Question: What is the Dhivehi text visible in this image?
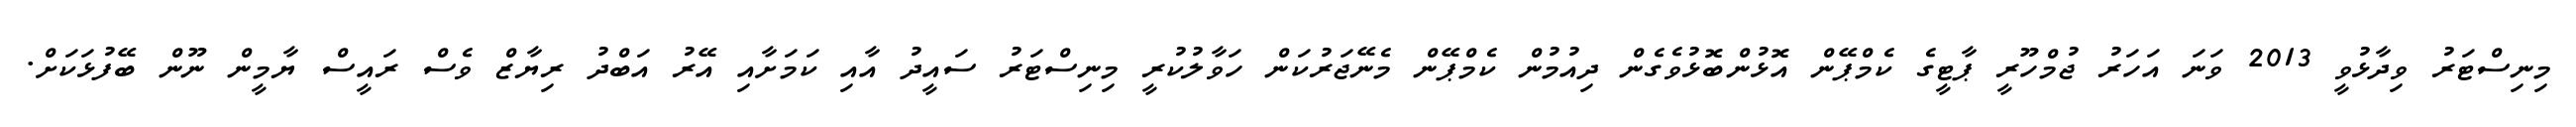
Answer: މިނިސްޓަރު ވިދާޅުވީ 2013 ވަނަ އަހަރު ޖުމްހޫރީ ޕާޓީގެ ކެމްޕޭން އޮޅުންބޮޅުވެގެން ދިއުމުން ކެމްޕޭން މެނޭޖަރުކަން ހަވާލުކުރީ މިނިސްޓަރު ސައީދު އާއި ކަމަށާއި އޭރު އަބްދު ރިޔާޒް ވެސް ރައީސް ޔާމީން ނޫން ބޭފުޅަކަށް.